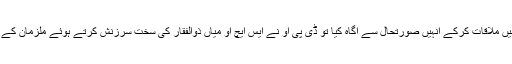
جس پر مقتول کے ورثاء نے ڈی پی او سردار غیاث گل سے ان کے دفتر میں ملاقات کرکے انہیں صورتحال سے آگاہ کیا تو ڈی پی او نے ایس ایچ او میاں ذوالفقار کی سخت سرزنش کرتے ہوئے ملزمان کے خلاف قتل کا مقدمہ درج کرکے انہیں فوری گرفتار کرنے کا حکم دے دیا ۔